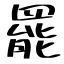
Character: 罷